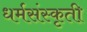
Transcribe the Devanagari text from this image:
धर्मसंस्कृती